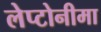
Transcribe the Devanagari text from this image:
लेप्टोनीमा